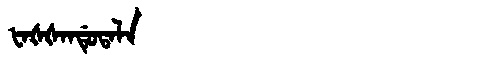
Manchu: ᡶᠠᡧᡧᠠᠨᡩᡠᡨᠠᠯᠠ
Romanization: FAŠŠANDUTALA